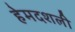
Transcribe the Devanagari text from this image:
हेमदशली